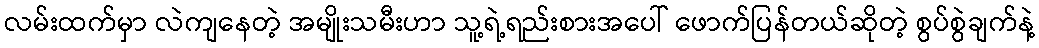
လမ်းထက်မှာ လဲကျနေတဲ့ အမျိုးသမီးဟာ သူ့ရဲ့ရည်းစားအပေါ် ဖောက်ပြန်တယ်ဆိုတဲ့ စွပ်စွဲချက်နဲ့